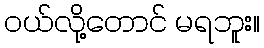
၀ယ်လို့တောင် မရဘူး။